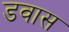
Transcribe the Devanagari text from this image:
डवास